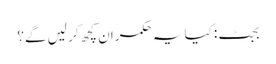
بجٹ: کیا یہ حکمران کچھ کر لیں گے؟